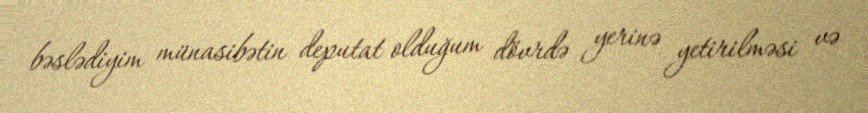
bəslədiyim münasibətin deputat olduğum dövrdə yerinə yetirilməsi və